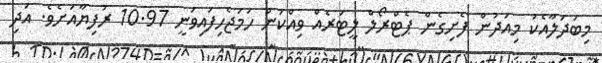
މިބަދަލާއެކު މިއަދުން ފެށިގެން ޕެޓްރޯލް ލީޓަރެއް ވިއްކަން ހަމަޖެހިފައިވަނީ 10.97 ރުފިޔާއަށެވެ. އަދި